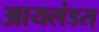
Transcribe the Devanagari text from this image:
आयलंडस्